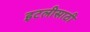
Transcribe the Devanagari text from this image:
इटलीसाठी